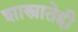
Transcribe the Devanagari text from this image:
शास्त्रातेही